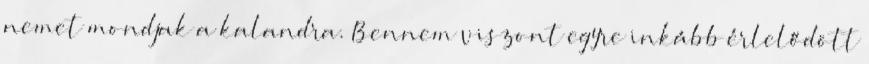
nemet mondjak a kalandra. Bennem viszont egyre inkább érlelődött